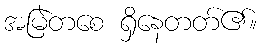
အမြဲတစေ ရှိနေတတ်၏။